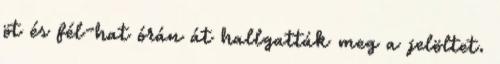
öt és fél-hat órán át hallgatták meg a jelöltet.